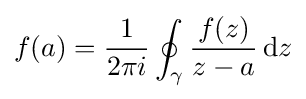
f(a)={\frac {1}{2\pi i}}\oint _{\gamma }{\frac {f(z)}{z-a}}\,\mathrm {d} z